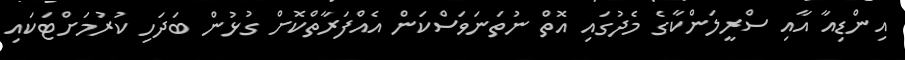
އިންޑިއާ އާއި ސްރީލަންކާގެ މެދުގައި އޮތް ނުތަނަވަސްކަން އެއްފަރާތްކޮށް ގުޅުން ބަދަހި ކުރުމަށްޓަކައި